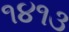
૧૪૧૩